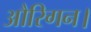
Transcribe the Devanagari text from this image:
औरिगन।